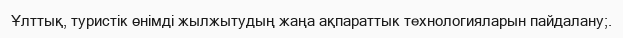
Ұлттық, туристік өнімді жылжытудың жаңа ақпараттык технологияларын пайдалану;.